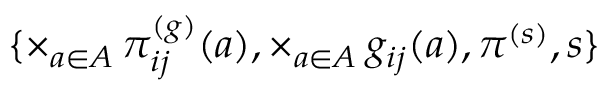
\{ \times _ { a \in A } \, \pi _ { i j } ^ { ( g ) } ( a ) , \times _ { a \in A } \, g _ { i j } ( a ) , \pi ^ { ( s ) } , s \}